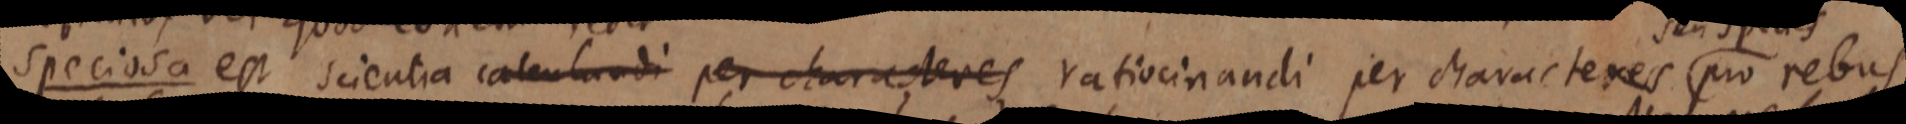
Speciosa est scientia calculandi per characteres ratiocinandi per characteres pro rebus